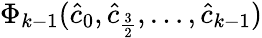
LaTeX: \Phi_{k-1}(\hat{c}_{0},\hat{c}_{\frac{3}{2}},\ldots,\hat{c}_{k-1})